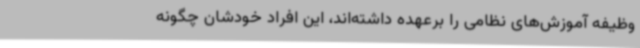
وظیفه آموزش‌های نظامی را برعهده داشته‌اند، این افراد خودشان چگونه